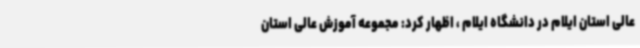
عالی استان ایلام در دانشگاه ایلام ، اظهار کرد: مجموعه آموزش عالی استان